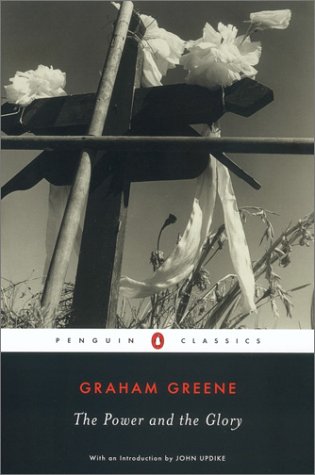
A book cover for The Power and the Glory (Penguin Classics); Graham Greene; Literature & Fiction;